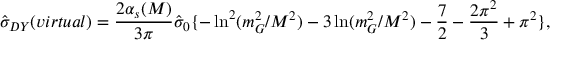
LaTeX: \hat { \sigma } _ { D Y } ( v i r t u a l ) = { \frac { 2 \alpha _ { s } ( M ) } { 3 \pi } } \hat { \sigma } _ { 0 } \{ - \ln ^ { 2 } ( m _ { G } ^ { 2 } / M ^ { 2 } ) - 3 \ln ( m _ { G } ^ { 2 } / M ^ { 2 } ) - { \frac { 7 } { 2 } } - { \frac { 2 \pi ^ { 2 } } { 3 } } + \pi ^ { 2 } \} ,